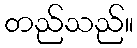
တည်သည်။